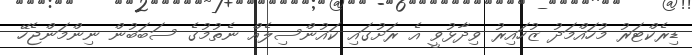
ޑިރެކްޓަރު މުހައްމަދު ޒުހައިރު ވިދާޅުވީ އެ ރަށުގައި ކައުންސިލެއް ނެތުމުގެ ސަބަބުން ނިންމަންޖެހޭ